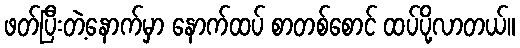
ဖတ်ပြီးတဲ့နောက်မှာ နောက်ထပ် စာတစ်စောင် ထပ်ပို့လာတယ်။